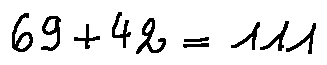
6 9 + 4 2 = 1 1 1